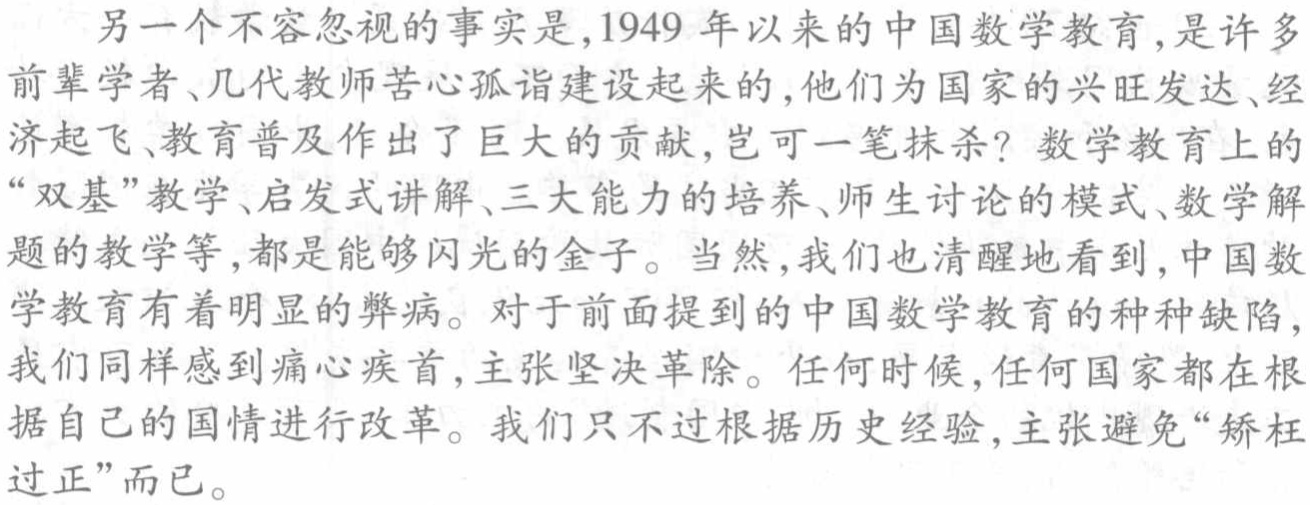
A. $(4,2\sqrt{3})$  B. $(4,4)$  C. $(4,2\sqrt{5})$  D. $(4,5)$